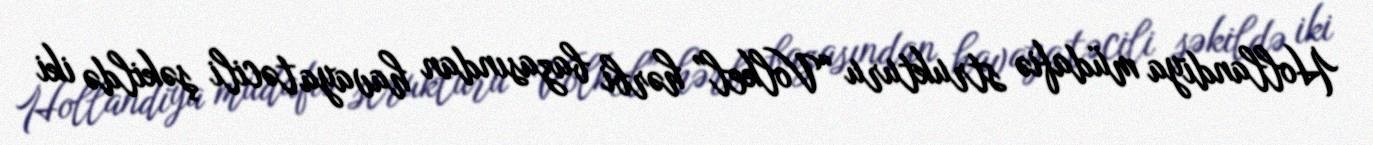
Hollandiya müdafiə strukturu “Volkel” hərbi bazasından havaya təcili şəkildə iki